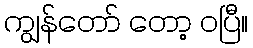
ကျွန်တော် တော့ ဝပြီ။